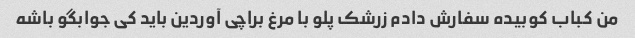
من کباب کوبیده سفارش دادم زرشک پلو با مرغ براچی آوردین باید کی جوابگو باشه